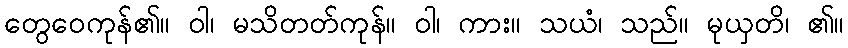
တွေဝေကုန်၏။ ဝါ၊ မသိတတ်ကုန်။ ဝါ၊ ကား။ သယံ၊ သည်။ မုယှတိ၊ ၏။